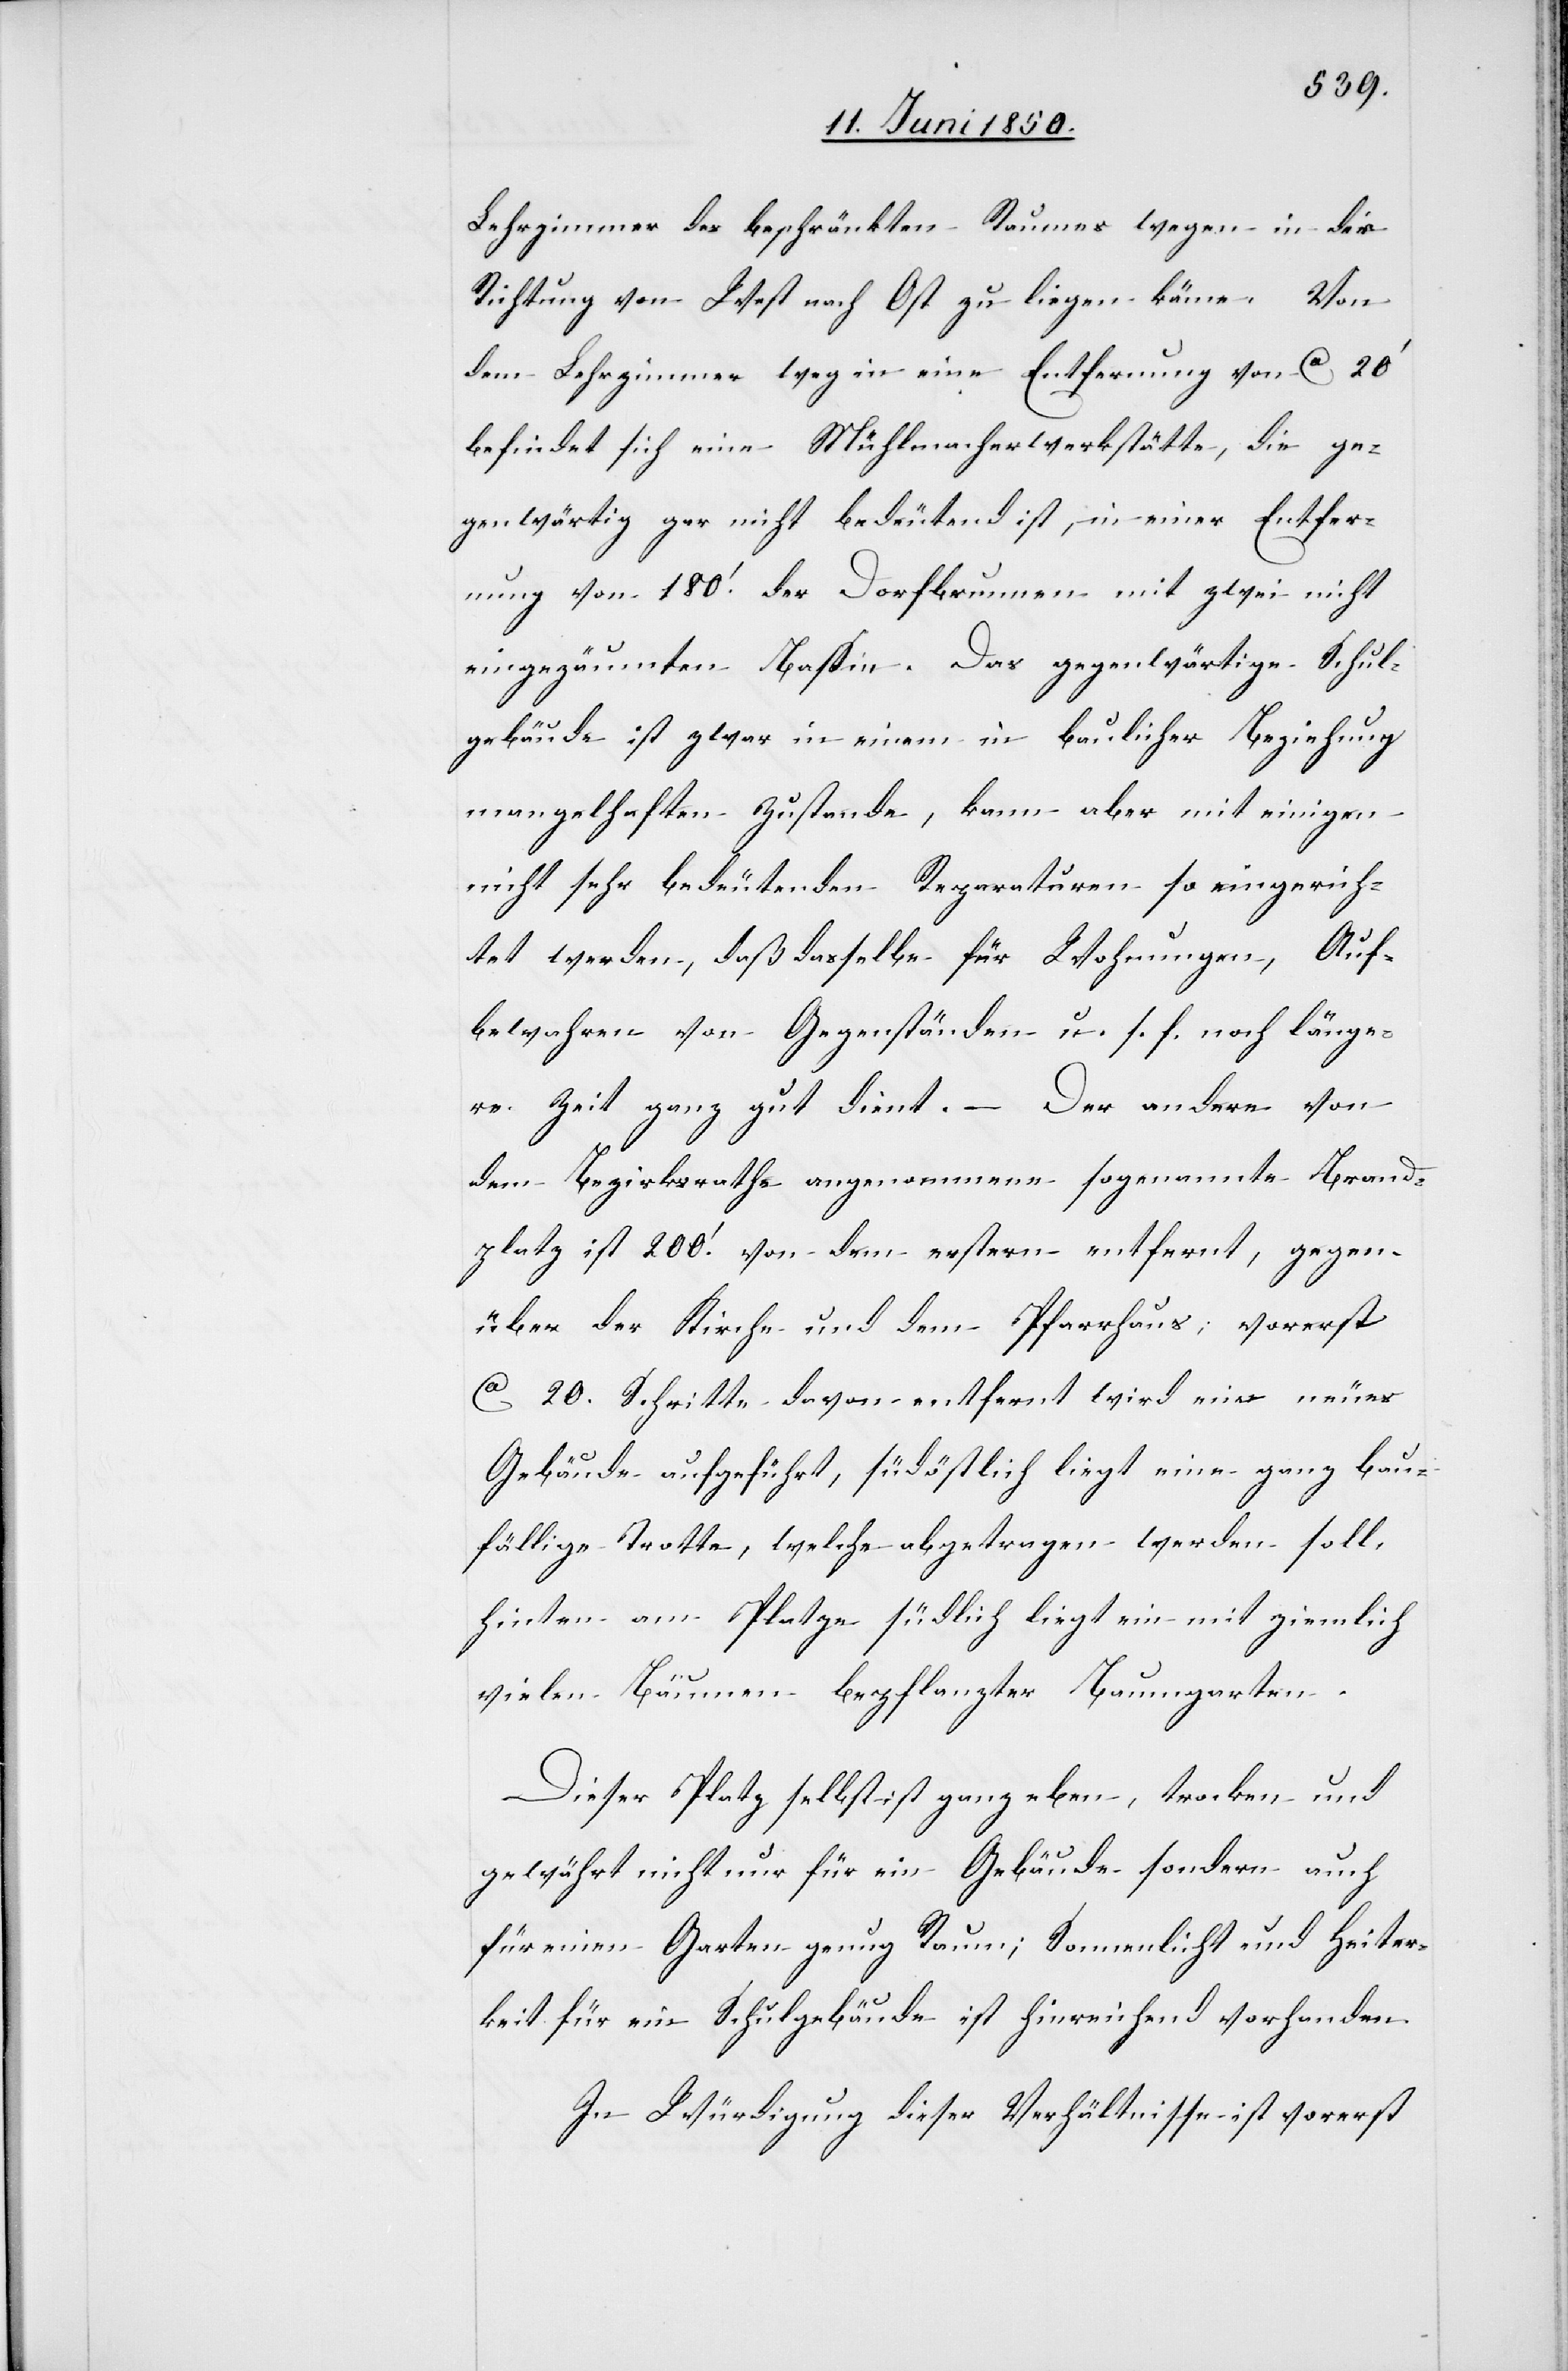
Lehrzimmer des beschränkten Raumes wegen in der
Richtung von West nach Ost zu liegen käme. Von
dem Lehrzimmer weg in eine Entfernung von Ca 20‘
befindet sich eine Mühlmacherwerkstätte, die ge¬
genwärtig gar nicht bedeutend ist, in einer Entfer¬
nung von 180‘. der Dorfbrunnen mit zwei nicht
eingezäunten Bassin. Das gegenwärtige Schul¬
gebäude ist zwar in einem in baulicher Beziehung
mangelhaften Zustande, kann aber mit einigen
nicht sehr bedeutenden Reparaturen so eingerich¬
tet werden, daß dasselbe für Wohnungen, Auf¬
bewahren von Gegenständen u. s. f. noch länge¬
re Zeit ganz gut dient. – Der andere von
dem Bezirksrathe angenommene sogenannte Brand¬
platz ist 200‘. von dem erstern entfernt, gegen¬
über der Kirche und dem Pfarrhaus; vorerst
Ca 20. Schritte davon entfernt wird ein neues
Gebäude aufgeführt, südöstlich liegt eine ganz bau¬
fällige Trotte, welche abgetragen werden soll,
hinten am Platze südlich liegt ein mit ziemlich
vielen Bäumen bepflanzter Baumgarten.
Dieser Platz selbst ist ganz eben, trocken und
gewährt nicht nur für ein Gebäude sondern auch
für einen Garten genug Raum; Sonnenlicht und Heiter¬
keit für ein Schulgebäude ist hinreichend vorhanden.
In Würdigung dieser Verhältnisse ist vorerst